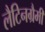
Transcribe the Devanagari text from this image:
लैटिनग्रैमी